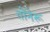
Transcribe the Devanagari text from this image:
तोंनेरू